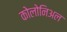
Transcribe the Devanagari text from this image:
कोलोनिअल